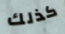
كذلك